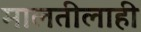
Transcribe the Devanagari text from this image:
मालतीलाही